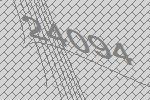
24094